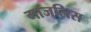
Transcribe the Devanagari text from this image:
माजलिस